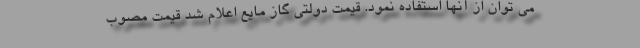
می توان از آنها استفاده نمود. قیمت دولتی گاز مایع اعلام شد قیمت مصوب